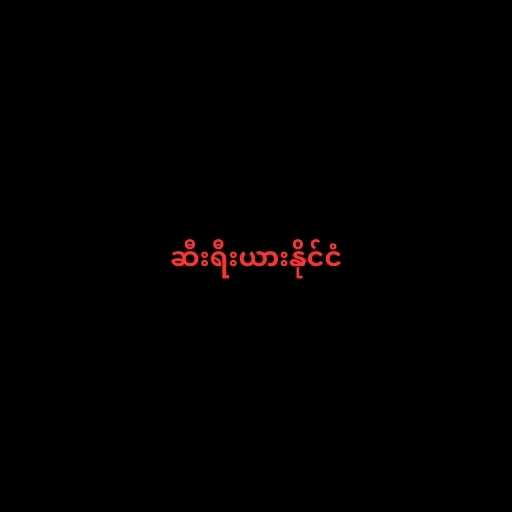
ဆီးရီးယားနိုင်ငံ